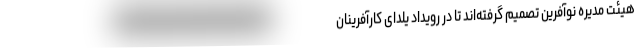
هیئت مدیره نوآفرین تصمیم گرفته‌اند تا در رویداد یلدای کارآفرینان